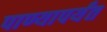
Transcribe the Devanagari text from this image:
पाण्यापर्यंत